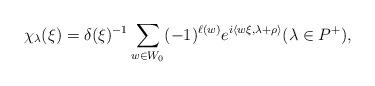
LaTeX: \begin{align*} \chi_\lambda(\xi )= \delta(\xi)^{-1}\sum_{w\in W_0} (-1)^{\ell(w)}e^{i\langle w\xi,\lambda+\rho\rangle} (\lambda \in P^+) , \end{align*}